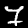
Digit: 7